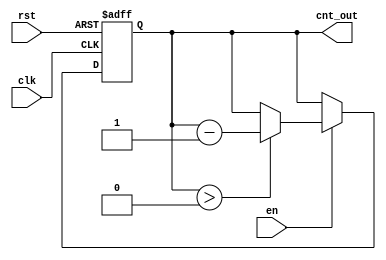
module down_counter_moore #(
    parameter N = 3 // Number of bits for the counter
) (
    input wire clk,      // Clock input
    input wire rst,      // Asynchronous reset
    input wire en,       // Enable signal
    output reg [N-1:0] cnt_out // Current count output
);

    // Maximum count value (N-bit max value)
    localparam MAX_COUNT = (1 << N) - 1; // 2^N - 1

    // State Declaration
    reg [N-1:0] current_state;

    // Sequential logic: state transition
    always @(posedge clk or posedge rst) begin
        if (rst) begin
            current_state <= MAX_COUNT; // Reset to maximum count
        end else if (en) begin
            if (current_state > 0) begin
                current_state <= current_state - 1; // Count down
            end
            // If current_state is 0, it remains 0
        end
    end

    // Output logic: Moore output based on current state
    always @(current_state) begin
        cnt_out = current_state; // Output current state
    end

endmodule